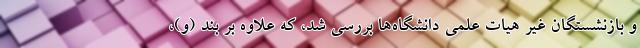
و بازنشستگان غیر هیات علمی دانشگاه‌ها بررسی شد، که علاوه بر بند (و)،